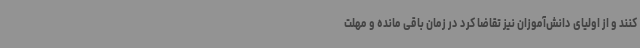
کنند و از اولیای دانش‌آموزان نیز تقاضا کرد در زمان باقی مانده و مهلت